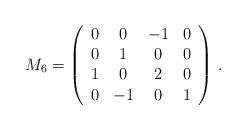
LaTeX: \begin{align*}M_{6}= \left( \begin{array}{cccc} 0 & 0 & -1 & 0 \\ 0 & 1 & 0 & 0 \\ 1 & 0 & 2 & 0 \\ 0 & -1 & 0 & 1 \end{array} \right) \, .\end{align*}